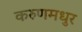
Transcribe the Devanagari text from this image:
करुणमधुर